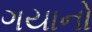
ગયાનો